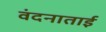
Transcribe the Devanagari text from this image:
वंदनाताई